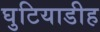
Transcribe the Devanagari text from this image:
घुटियाडीह